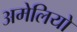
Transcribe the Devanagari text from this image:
अमेलियो